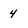
Character: 4